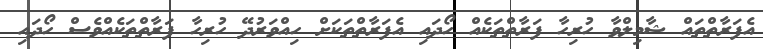
އެފަރާތްތައް ޝާމިލްވާ ހުރިހާ ފަރާތްތަކެއް ހޯދައި އެފަރާތްތަަކަށް ހިއްވަރުދޭ ހުރިހާ ފަރާތްތަކެއްވެސް ހޯދައި